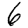
Digit: 6